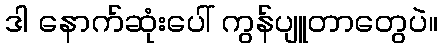
ဒါ နောက်ဆုံးပေါ် ကွန်ပျူတာတွေပဲ။